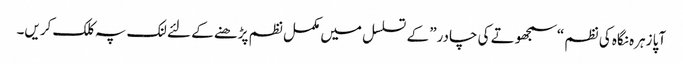
‎ آپا زہرہ نگاہ کی نظم “سمجھوتے کی چادر” کے تسلسل میں مکمل نظم پڑھنے کے لئے لنک پہ کلک کریں۔